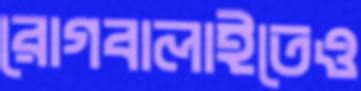
রোগবালাইতেও